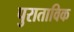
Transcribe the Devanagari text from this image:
पुराताविक